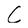
Character: C